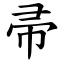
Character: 帚